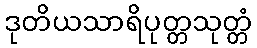
ဒုတိယသာရိပုတ္တသုတ္တံ